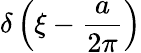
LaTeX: \delta\left(\xi-{\frac{a}{2\pi}}\right)